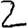
Digit: 2